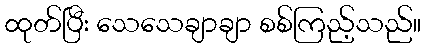
ထုတ်ပြီး သေသေချာချာ စစ်ကြည့်သည်။